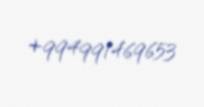
+994991469653